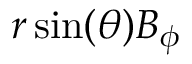
r \sin ( \theta ) B _ { \phi }